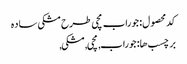
کد محصول: جوراب مچی طرح مشکی ساده
برچسب ها: جوراب, مچی, مشکی,